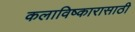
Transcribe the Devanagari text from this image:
कलाविष्कारासाठी